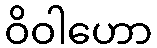
ဝိဝါဟော